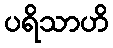
ပရိသာဟိ